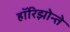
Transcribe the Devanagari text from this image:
हॉरिझोन्ते